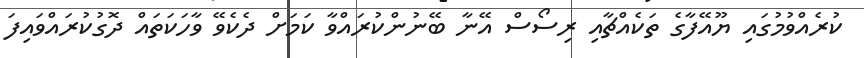
ކުރެއްވުމުގައި ޔޫއޭފާގެ ތަކެއްޗާއި ރިސޯސް އޭނާ ބޭނުންކުރައްވާ ކަމަށް ދެކެވޭ ވާހަކަތައް ދޮގުކުރައްވައިފަ